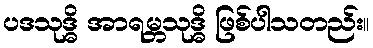
ပဒသုဒ္ဓိ အာရမ္ဘသုဒ္ဓိ ဖြစ်ပါသတည်း။